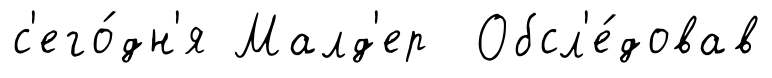
с'его́дн'я Малд'ер Обсл'е́довав